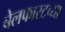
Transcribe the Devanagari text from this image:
बेलफास्टच्या